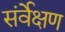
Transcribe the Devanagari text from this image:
संर्वेक्षण